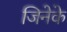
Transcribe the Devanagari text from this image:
जिनेके